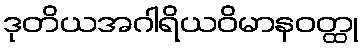
ဒုတိယအဂါရိယဝိမာနဝတ္ထု